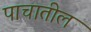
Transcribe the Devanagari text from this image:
पाचातील